Indian journal of veterinary science and animal husbandry - Volumes 24-25, 1954-1955
Year: 1954
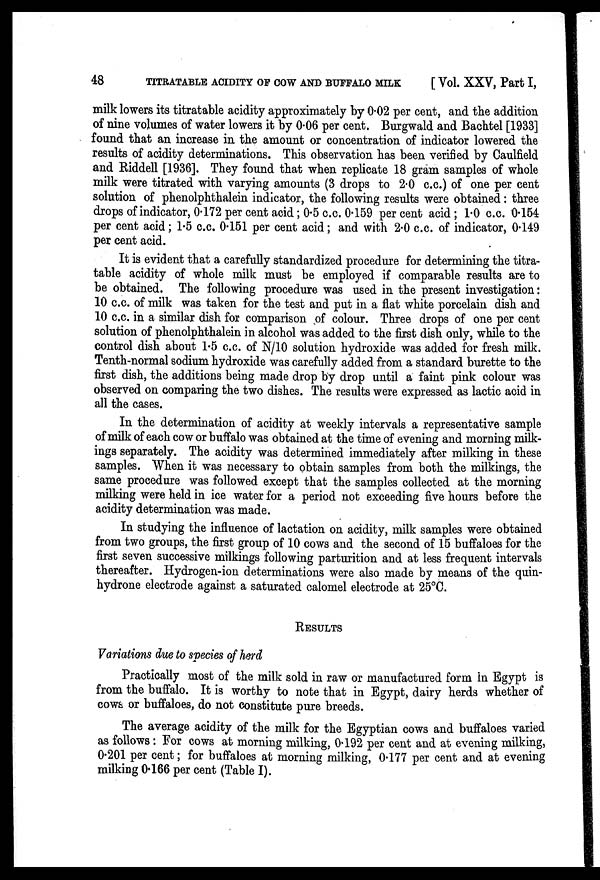
48
TITRATABLE ACIDITY OF COW AND BUFFALO MILK
[Vol. XXV, Part I,
milk lowers its titratable acidity approximately by 0.02 per cent, and the addition
of nine volumes of water lowers it by 0.06 per cent. Burgwald and Bachtel [1933]
found that an increase in the amount or concentration of indicator lowered the
results of acidity determinations. This observation has been verified by Caulfield
and Riddell [1936]. They found that when replicate 18 gram samples of whole
milk were titrated with varying amounts (3 drops to 2.0 c.c.) of one per cent
solution of phenolphthalein indicator, the following results were obtained: three
drops of indicator, 0.172 per cent acid ; 0.5 c.c. 0.159 per cent acid ; 1.0 c.c. 0.154
per cent acid; 1.5 c.c. 0.151 per cent acid; and with 2.0 c.c. of indicator, 0.149
per cent acid.
It is evident that a carefully standardized procedure for determining the titra-
table acidity of whole milk must be employed if comparable results are to
be obtained. The following procedure was used in the present investigation:
10 c.c. of milk was taken for the test and put in a flat white porcelain dish and
10 c.c. in a similar dish for comparison of colour. Three drops of one per cent
solution of phenolphthalein in alcohol was added to the first dish only, while to the
control dish about 1.5 c.c. of N/10 solution hydroxide was added for fresh milk.
Tenth-normal sodium hydroxide was carefully added from a standard burette to the
first dish, the additions being made drop by drop until a faint pink colour was
observed on comparing the two dishes. The results were expressed as lactic acid in
all the cases.
In the determination of acidity at weekly intervals a representative sample
of milk of each cow or buffalo was obtained at the time of evening and morning milk-
ings separately. The acidity was determined immediately after milking in these
samples. When it was necessary to obtain samples from both the milkings, the
same procedure was followed except that the samples collected at the morning
milking were held in ice water for a period not exceeding five hours before the
acidity determination was made.
In studying the influence of lactation on acidity, milk samples were obtained
from two groups, the first group of 10 cows and the second of 15 buffaloes for the
first seven successive milkings following parturition and at less frequent intervals
thereafter. Hydrogen-ion determinations were also made by means of the quin-
hydrone electrode against a saturated calomel electrode at 25°C.
RESULTS
Variations due to species of herd
Practically most of the milk sold in raw or manufactured form in Egypt is
from the buffalo. It is worthy to note that in Egypt, dairy herds whether of
cows or buffaloes, do not constitute pure breeds.
The average acidity of the milk for the Egyptian cows and buffaloes varied
as follows: For cows at morning milking, 0.192 per cent and at evening milking,
0.201 per cent; for buffaloes at morning milking, 0.177 per cent and at evening
milking 0.166 per cent (Table I).